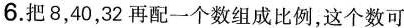
6.把8，40，32再配一个数组成比例，这个数可